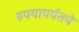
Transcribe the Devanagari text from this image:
रुपयापर्यंतचे